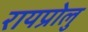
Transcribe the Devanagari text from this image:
रायप्रोलु